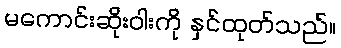
မကောင်းဆိုးဝါးကို နှင်ထုတ်သည်။